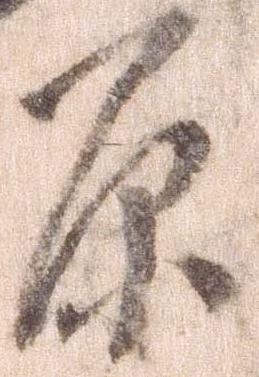
原